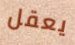
يعقل